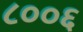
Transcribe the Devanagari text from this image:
८००६